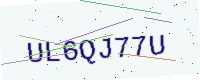
Text: UL6QJ77U